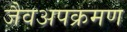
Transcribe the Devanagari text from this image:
जैवअपक्रमण